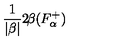
\frac { 1 } { | \beta | } 2 \! \beta ( F _ { \alpha } ^ { + } ) ~